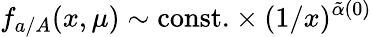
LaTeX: f_{a/A}(x,\mu)\sim\mathrm{const.}\times(1/x)^{\tilde{\alpha}(0)}